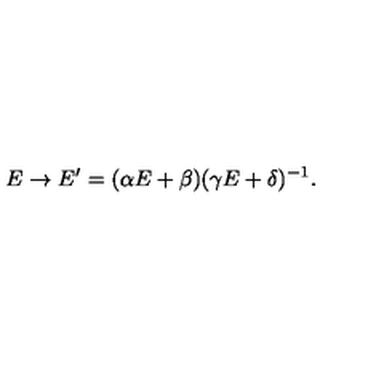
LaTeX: E \rightarrow E ^ { \prime } = ( \alpha E + \beta ) ( \gamma E + \delta ) ^ { - 1 } .